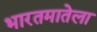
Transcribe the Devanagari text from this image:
भारतमातेला